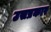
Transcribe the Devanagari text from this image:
उसप्रकार